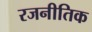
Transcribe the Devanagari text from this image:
रजनीतिक